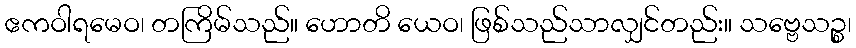
ဧကဝါရမေဝ၊ တကြိမ်သည်။ ဟောတိ ယေဝ၊ ဖြစ်သည်သာလျှင်တည်း။ သဗ္ဗေသဉ္စ၊